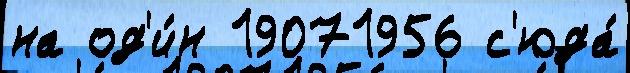
на од'и́н 19071956 с'юда́